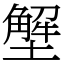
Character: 㙰